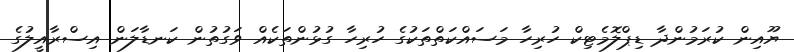
ޔޫއިން ކުރަމުންދާ ޑިޕްލޮމެޓިކް ހުރިހާ މަސައްކަތްތަކުގެ ހުރިހާ ގުޅުންތަކެއް ވަގުތުން ކަނޑާލަން އިސްރާއީލުގެ